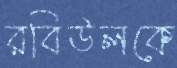
রবিউলকে